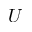
U